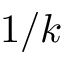
1 / k